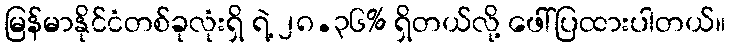
မြန်မာနိုင်ငံတစ်ခုလုံးရှိ ရဲ့ ၂၈.၃၆% ရှိတယ်လို့ ဖေါ်ပြထားပါတယ်။